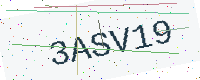
Text: 3ASV19